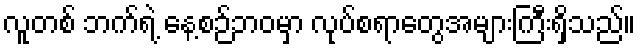
လူတစ် ဘက်ရဲ့ နေ့စဉ်ဘဝမှာ လုပ်စရာတွေအများကြီးရှိသည်။